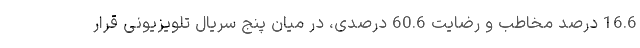
16.6 درصد مخاطب و رضایت 60.6 درصدی، در میان پنج سریال تلویزیونی قرار